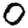
Digit: 0